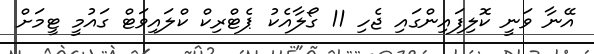
އޭނާ ވަނީ ކޮލިފައިންގައި ޖެހި 11 ގޯލާއެކު ޕެޓްރިކް ކްލައިވަޓް ގައުމީ ޓީމަށް